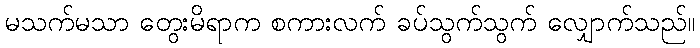
မသက်မသာ တွေးမိရာက စကားလက် ခပ်သွက်သွက် လျှောက်သည်။